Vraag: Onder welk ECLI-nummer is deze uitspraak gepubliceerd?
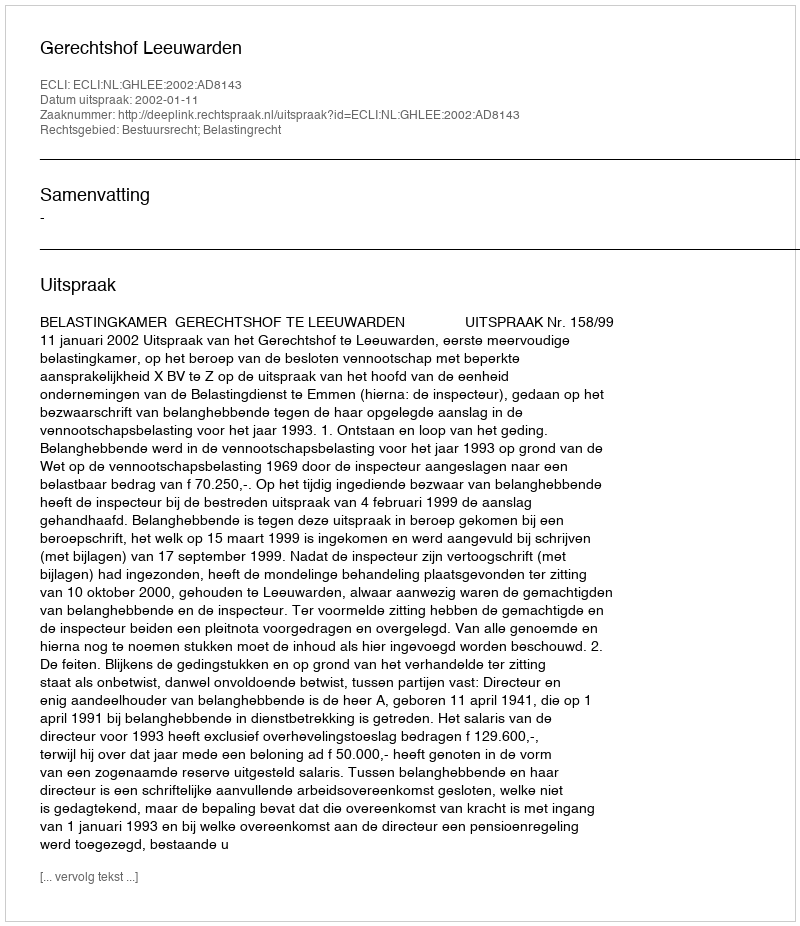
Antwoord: ECLI:NL:GHLEE:2002:AD8143